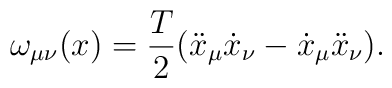
\omega_{\mu\nu}(x)={T\over2}(\ddot{x}_\mu\dot{x}_\nu-\dot{x}_\mu\ddot{x}_\nu).